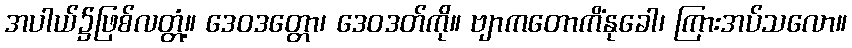
အပါယ်၌ဖြစ်လတ္တံ့။ ဒေဝဒတ္တော၊ ဒေဝဒတ်ကို။ ဗျာကတောကိံနုခေါ၊ ကြားအပ်သလော။